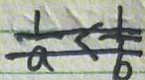
\frac { 1 } { a } < \frac { 1 } { b }